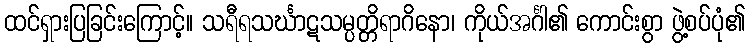
ထင်ရှားပြခြင်းကြောင့်။ သရီရသင်္ဃာဋသမ္ပတ္တိရာဂိနော၊ ကိုယ်အင်္ဂါ၏ ကောင်းစွာ ဖွဲ့စပ်ပုံ၏